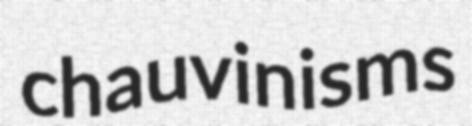
chauvinisms